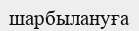
шарбылануға